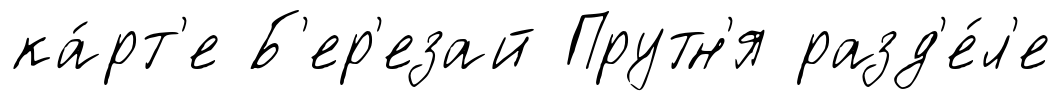
ка́рт'е Б'ер'езай Прутн'я разд'е́л'е